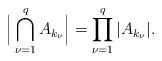
LaTeX: \begin{align*} \Big|\bigcap_{\nu=1}^q A_{k_\nu}\Big|=\prod_{\nu=1}^q |A_{k_\nu}|.\end{align*}